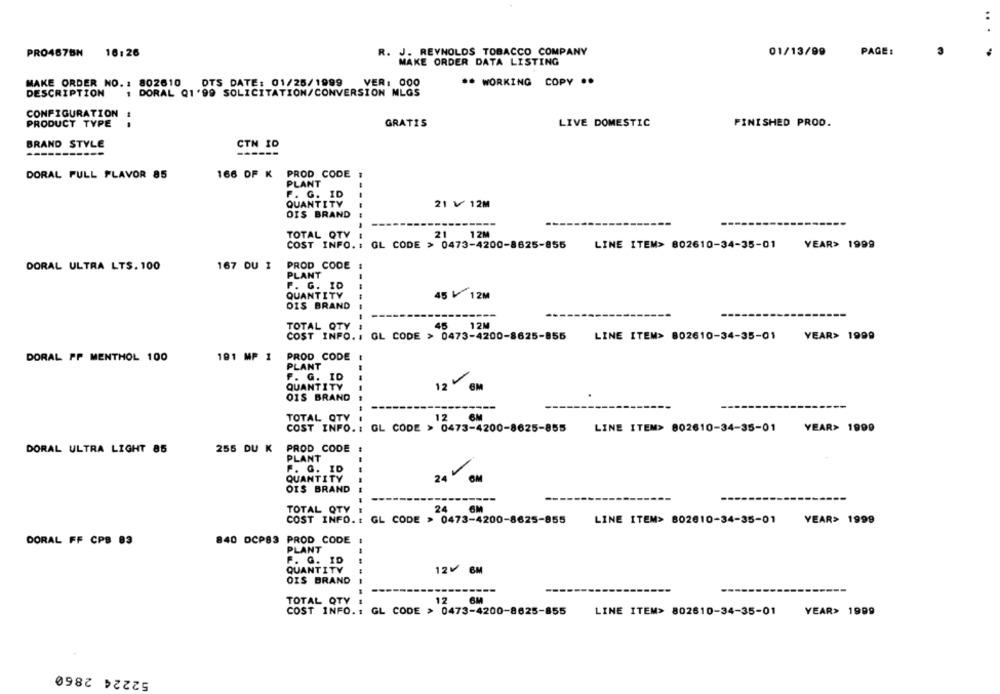
..
PRO467BN 16:26
R. J. REYNOLDS TOBACCO COMPANY
01/13/99
PAGE :
MAKE ORDER DATA LISTING
MAKE ORDER NO. : 802610
DTS DATE: 01/25/1999
VER: 000
** WORKING COPY ..
DESCRIPTION
1 DORAL Q1'99 SOLICITATION/CONVERSION MLGS
CONFIGURATION
PRODUCT TYPE
GRATIS
LIVE DOMESTIC
FINISHED PROD.
BRAND STYLE
CTN ID
--------
---
------
DORAL FULL FLAVOR 85
166 OF K PROD CODE 1
PLANT
F. G. ID
---
QUANTITY
21 ৳ 12M
OIS BRAND
------------------
TOTAL QTY
21 12M
COST INFO. : GL CODE > 0473-4200-8625-855
LINE ITEM> 802610-34-35-01
YEAR> 1999
DORAL ULTRA LTS. 100
167 DU 1
PROD CODE 1
PLANT
P. G. ID
QUANTITY
45 ₩ 12M
OIS BRAND
-----.
TOTAL QTY
45
12M
COST INFO. : GL CODE > 0473-4200-8625-855
LINE ITEM> 802610-34-35-01
YEAR> 1999
DORAL PP MENTHOL 100
191 MP 1
PROD CODE
PLANT
F. G. ID
QUANTITY
12 EM
OIS BRAND
--
TOTAL QTY
12
-
COST INFO .: GL CODE > 0473-4200-8625-855
LINE ITEM> 802610-34-35-01
YEAR> 1990
DORAL ULTRA LIGHT 85
255 DU K
PROD CODE
PLANT
F. G. ID
QUANTITY
24 CM
OIS BRAND
------
TOTAL QTY
24 6M
COST INFO. : GL CODE > 0473-4200-8625-855
LINE ITEM> 802610-34-35-01
YEAR> 1999
DORAL FF CPB 83
840 DCP83 PROD CODE :
PLANT
--
F. G. ID
QUANTITY
12 6M
OIS BRAND
----
----
TOTAL QTY
12
YEAR> 1999
COST INFO. : GL CODE > 0473-4200-8625-855
LINE ITEM> 802610-34-35-01
52224 2860